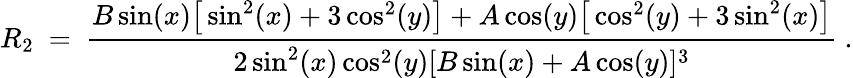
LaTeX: R_{2}\ =\ \frac{B\sin(x)\big[\sin^{2}(x)+3\cos^{2}(y)\big]+A\cos(y)\big[\cos^{2}(y)+3\sin^{2}(x)\big]}{2\sin^{2}(x)\cos^{2}(y)[B\sin(x)+A\cos(y)]^{3}}~.